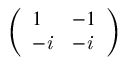
\left( \begin{array} { l l } { 1 } & { - 1 } \\ { - \it { i } } & { - \it { i } } \end{array} \right)